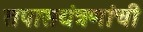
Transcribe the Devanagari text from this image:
तपासयंत्रणांची